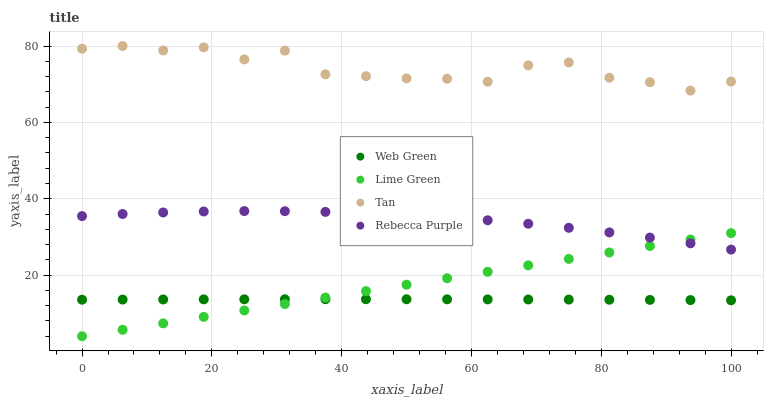
| xaxis_label | Web Green | Lime Green | Tan | Rebecca Purple |
 | --- | --- | --- | --- | --- |
 | 0 | 13.6 | 4 | 79.3 | 35.5 |
 | 6.25 | 13.6 | 5.69 | 80 | 36 |
 | 12.5 | 13.6 | 7.38 | 78.8 | 36.4 |
 | 18.8 | 13.7 | 9.06 | 79.7 | 36.7 |
 | 25 | 13.7 | 10.8 | 76.5 | 36.8 |
 | 31.2 | 13.7 | 12.4 | 78.8 | 36.7 |
 | 37.5 | 13.7 | 14.1 | 72.6 | 36.6 |
 | 43.8 | 13.7 | 15.8 | 72.1 | 36.2 |
 | 50 | 13.7 | 17.5 | 71.5 | 35.8 |
 | 56.2 | 13.7 | 19.2 | 71.4 | 35.1 |
 | 62.5 | 13.7 | 20.9 | 70.7 | 34.4 |
 | 68.8 | 13.6 | 22.6 | 74.9 | 33.5 |
 | 75 | 13.6 | 24.3 | 75.7 | 32.4 |
 | 81.2 | 13.6 | 25.9 | 71.7 | 31.2 |
 | 87.5 | 13.5 | 27.6 | 70.5 | 29.8 |
 | 93.8 | 13.5 | 29.3 | 68.3 | 28.3 |
 | 100 | 13.4 | 31 | 70.7 | 26.7 |